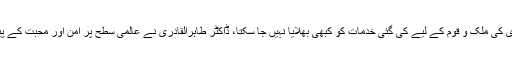
انہوں نے تقریب سے خطاب کرتے ہوئے کہا کہ ڈاکٹر طاہرالقادری کی ملک و قوم کے لیے کی گئی خدمات کو کبھی بھلایا نہیں جا سکتا، ڈاکٹر طاہرالقادری نے عالمی سطح پر امن اور محبت کے پیغام کو عام کیا ہے، اس حوالے سے ان کی خدمات قابل تحسین ہیں۔